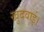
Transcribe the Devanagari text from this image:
खुदवाई।